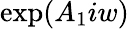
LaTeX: \exp(A_{1}iw)